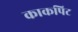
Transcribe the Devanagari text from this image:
काकपिट